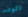
الوقت